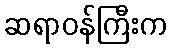
ဆရာဝန်ကြီးက